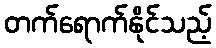
တက်ရောက်နိုင်သည့်